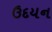
ઉદયન